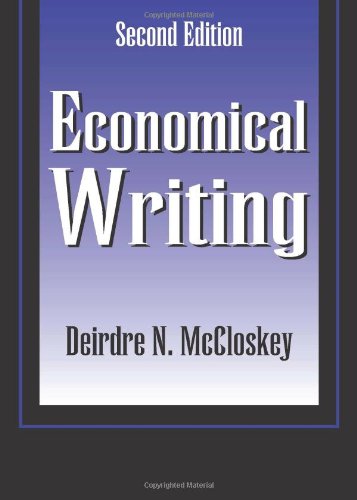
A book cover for Economical Writing; Deirdre McCloskey; Politics & Social Sciences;